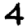
Digit: 4